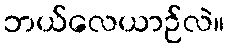
ဘယ်လေယာဉ်လဲ။